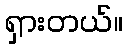
ရှားတယ်။